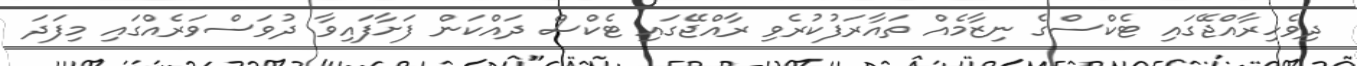
ދިވެހިރާއްޖޭގައި ޓެކްސްގެ ނިޒާމެއް ތައާރަފުކުރެވި ރާއްޖޭގައި ޓެކްސް ދައްކަން ފަށާފައިވާ ދުވަސްވަރެއްގައި މިފަދަ